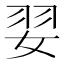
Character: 𮱂